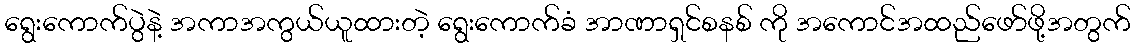
ရွေးကောက်ပွဲနဲ့ အကာအကွယ်ယူထားတဲ့ ရွေးကောက်ခံ အာဏာရှင်စနစ် ကို အကောင်အထည်ဖော်ဖို့အတွက်